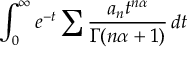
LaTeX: \int _ { 0 } ^ { \infty } e ^ { - t } \sum { \frac { a _ { n } t ^ { n \alpha } } { \Gamma ( n \alpha + 1 ) } } \, d t